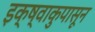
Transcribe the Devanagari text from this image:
इक्ष्वाकुपासून